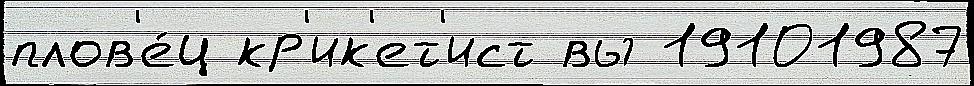
плов'е́ц кр'ик'ет'ист вы 19101987